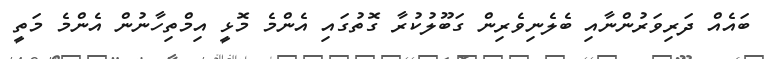
ބައެއް ދަރިވަރުންނާއި ބެލެނިވެރިން ގަބޫލުކުރާ ގޮތުގައި އެންމެ މޮޅީ އިމްތިހާނުން އެންމެ މަތީ